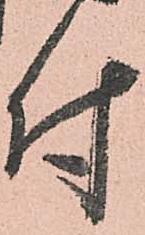
付